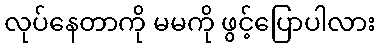
လုပ်နေတာကို မမကို ဖွင့်ပြောပါလား